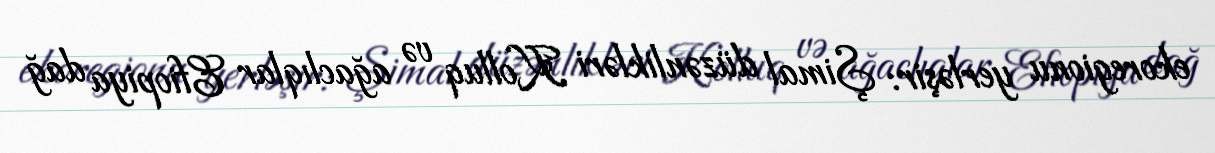
ekoregionu yerləşir: Şimal düzənlikləri Kolluq və ağaclıqlar Efiopiya dağ